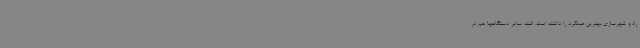
راه و شهرسازی بهترین عملکرد را داشته است. البته سایر دستگاهها هم در